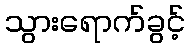
သွားရောက်ခွင့်